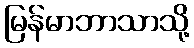
မြန်မာဘာသာသို့